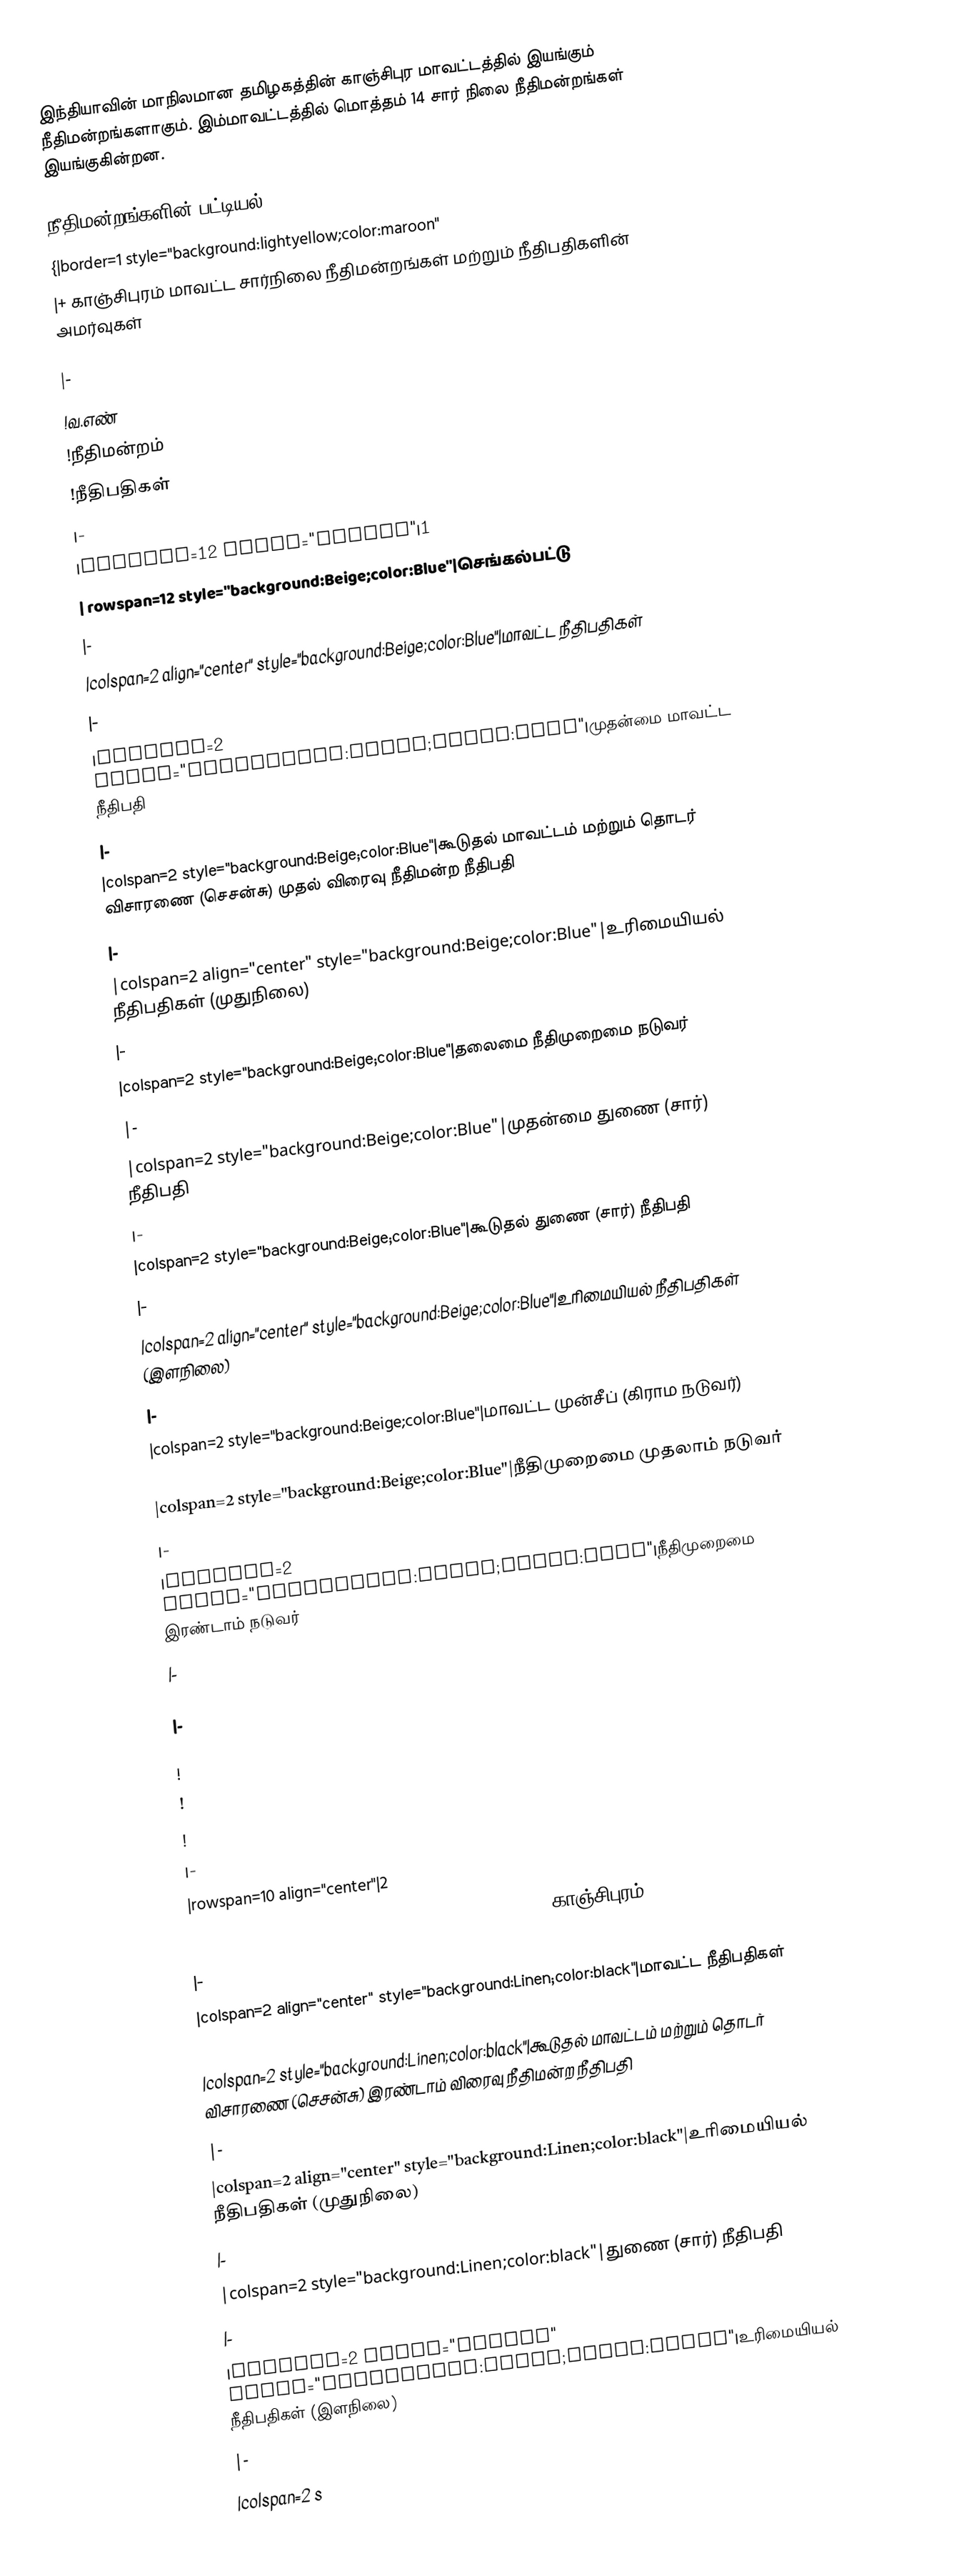
இந்தியாவின் மாநிலமான தமிழகத்தின் காஞ்சிபுர மாவட்டத்தில் இயங்கும் நீதிமன்றங்களாகும். இம்மாவட்டத்தில் மொத்தம் 14 சார் நிலை நீதிமன்றங்கள் இயங்குகின்றன.

நீதிமன்றங்களின் பட்டியல்
{|border=1 style="background:lightyellow;color:maroon"
|+ காஞ்சிபுரம் மாவட்ட சார்நிலை நீதிமன்றங்கள் மற்றும் நீதிபதிகளின் அமர்வுகள்

|-
!வ.எண்
!நீதிமன்றம்
!நீதிபதிகள்
|-
|rowspan=12 align="center"|1
| rowspan=12 style="background:Beige;color:Blue"|செங்கல்பட்டு
|-
|colspan=2 align="center" style="background:Beige;color:Blue"|மாவட்ட நீதிபதிகள்
|-
|colspan=2 style="background:Beige;color:Blue"|முதன்மை மாவட்ட நீதிபதி
|-
|colspan=2 style="background:Beige;color:Blue"|கூடுதல் மாவட்டம் மற்றும் தொடர் விசாரணை (செசன்சு) முதல் விரைவு நீதிமன்ற நீதிபதி
|-
|colspan=2 align="center" style="background:Beige;color:Blue"|உரிமையியல் நீதிபதிகள் (முதுநிலை)
|-
|colspan=2 style="background:Beige;color:Blue"|தலைமை நீதிமுறைமை நடுவர்
|-
|colspan=2 style="background:Beige;color:Blue"|முதன்மை துணை (சார்) நீதிபதி
|-
|colspan=2 style="background:Beige;color:Blue"|கூடுதல் துணை (சார்) நீதிபதி
|-
|colspan=2 align="center" style="background:Beige;color:Blue"|உரிமையியல் நீதிபதிகள் (இளநிலை)
|-
|colspan=2 style="background:Beige;color:Blue"|மாவட்ட முன்சீப் (கிராம நடுவர்)
|-
|colspan=2 style="background:Beige;color:Blue"|நீதிமுறைமை முதலாம் நடுவர்
|-
|colspan=2 style="background:Beige;color:Blue"|நீதிமுறைமை இரண்டாம் நடுவர்
|-

|-

!
!
!
|-
|rowspan=10 align="center"|2
| rowspan=10 style="background:Linen;color:black" |காஞ்சிபுரம்
|-
|colspan=2 align="center" style="background:Linen;color:black"|மாவட்ட நீதிபதிகள்
|-
|colspan=2 style="background:Linen;color:black"|கூடுதல் மாவட்டம் மற்றும் தொடர் விசாரணை (செசன்சு) இரண்டாம் விரைவு நீதிமன்ற நீதிபதி
|-
|colspan=2 align="center" style="background:Linen;color:black"|உரிமையியல் நீதிபதிகள் (முதுநிலை)
|-
|colspan=2 style="background:Linen;color:black"|துணை (சார்) நீதிபதி
|-
|colspan=2 align="center" style="background:Linen;color:black"|உரிமையியல் நீதிபதிகள் (இளநிலை)
|-
|colspan=2 s